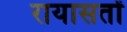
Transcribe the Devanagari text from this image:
रायासतों